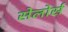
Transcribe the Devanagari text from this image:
सेलोर्स